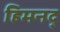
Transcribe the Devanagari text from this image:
हिमनद्